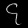
Digit: ၄